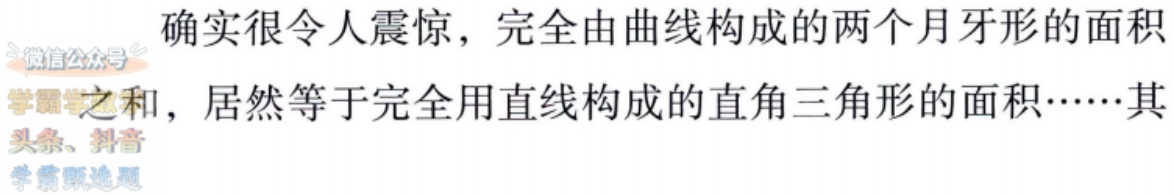
确实很令人震惊，完全由曲线构成的两个月牙形的面积之和，居然等于完全用直线构成的直角三角形的面积……其